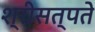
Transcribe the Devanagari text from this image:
श्रीसत्पते